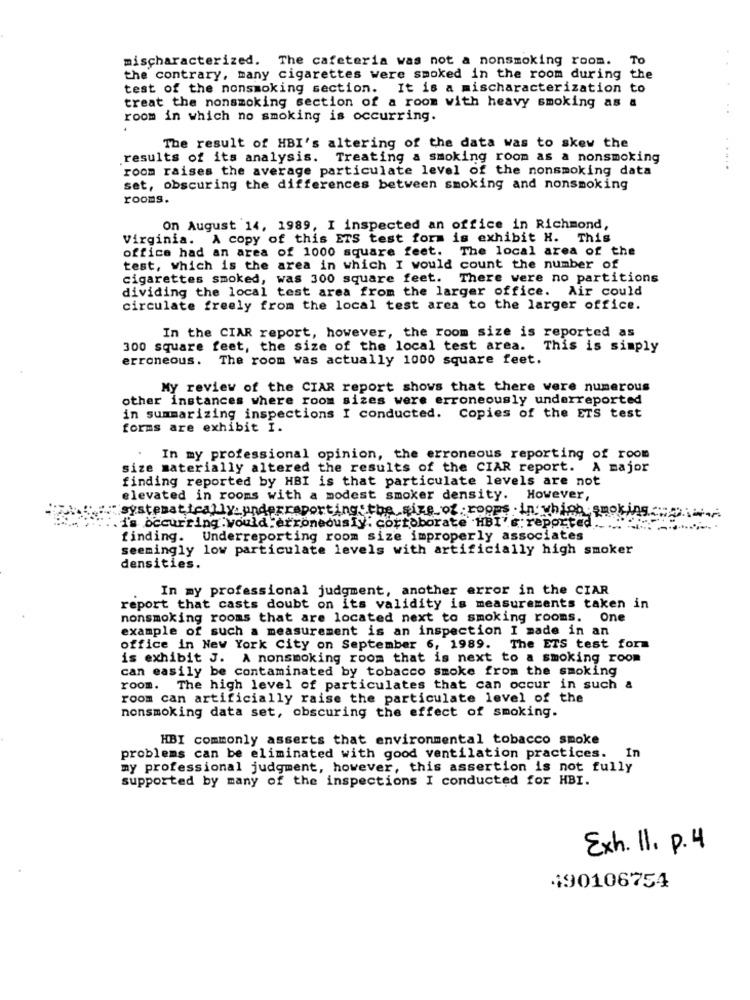
mischaracterized. The cafeteria was not a nonsmoking room.
To
the contrary, many cigarettes were smoked in the room during the
test of the nonsmoking section. It is a mischaracterization to
treat the nonsmoking section of a room with heavy smoking as
. .
room in which no smoking is occurring.
The result of HBI's altering of the data was to skew the
results of its analysis. Treating a smoking room as a nonsmoking
room raises the average particulate level of the nonsmoking data
.....
set, obscuring the differences between smoking and nonsmoking
rooms.
On August 14, 1989, I inspected an office in Richmond,
Virginia. A copy of this ETS test form is exhibit H. This
office had an area of 1000 square feet. The local area of the
test, which is the area in which I would count the number of
cigarettes smoked, was 300 square feet. There were no partitions
dividing the local test area from the larger office. Air could
circulate freely from the local test area to the larger office.
In the CIAR report, however, the room size is reported as
300 square feet, the size of the local test area.
This is simply
erroneous. The room was actually 1000 square feet.
My review of the CIAR report shows that there were numerous
other instances where room sizes were erroneously underreported
in summarizing inspections I conducted. Copies of the ETS test
forms are exhibit I.
In my professional opinion, the erroneous reporting of room
size materially altered the results of the CIAR report. A major
finding reported by HBI is that particulate levels are not
elevated in rooms with a modest smoker density. However,
systematically underreporting the size of ropps in: whipp smokingw
is occurring :would erroneously. corroborate HBI's: reported
finding. Underreporting room size improperly associates
seemingly low particulate levels with artificially high smoker
densities.
In my professional judgment, another error in the CIAR
report that casts doubt on its validity is measurements taken in
nonsmoking rooms that are located next to smoking rooms. One
example of such a measurement is an inspection I made in an
office in New York City on September 6, 1989. The ETS test form
is exhibit J. A nonsmoking room that is next to a smoking room
can easily be contaminated by tobacco smoke from the smoking
room. The high level of particulates that can occur in such &
room can artificially raise the particulate level of the
nonsmoking data set, obscuring the effect of smoking.
HBI commonly asserts that environmental tobacco smoke
problems can be eliminated with good ventilation practices.
my professional judgment, however, this assertion is not fully
supported by many of the inspections I conducted for HBI.
Exh. 11. p.4
490106754